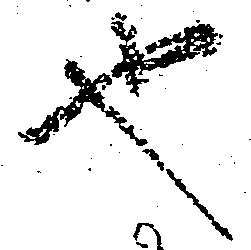
也